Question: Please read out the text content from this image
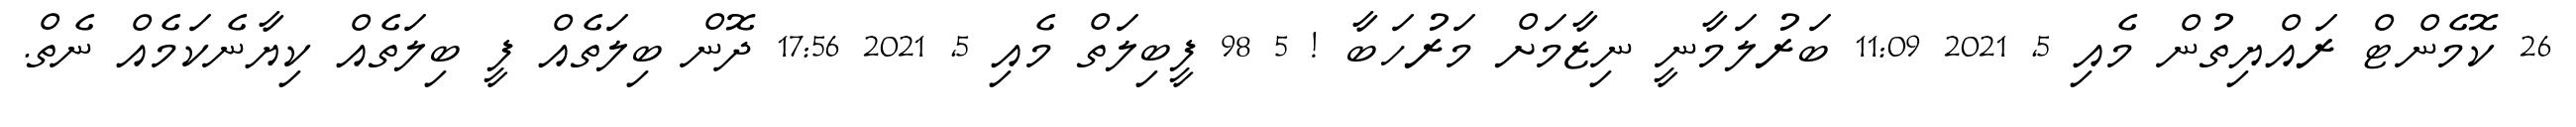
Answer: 26 ކޮމެންޓް ރައްޔިތުން މެއި 5, 2021 11:09 ބަރުލަމާނީ ނިޒާމަށް މަރުހަބާ ! 5 98 ފީބިލަތް މެއި 5, 2021 17:56 ދޮން ބިލަތެއް ފީ ބިލަތެއް ކިޔާނެކަމެއް ނެތް.